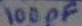
Text: 100pF